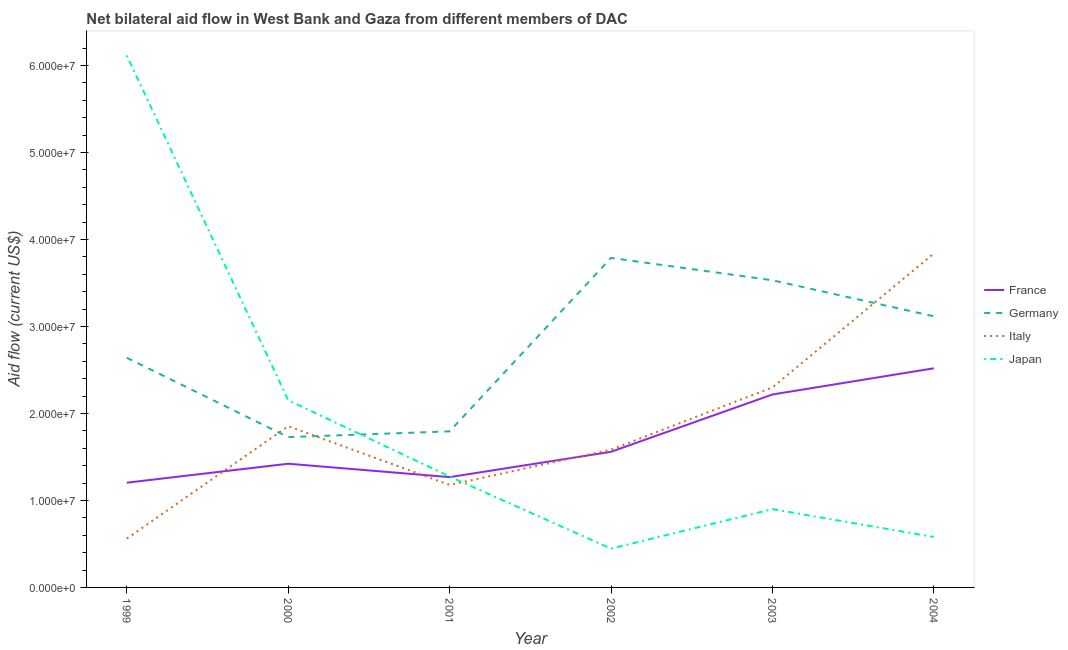
| Year | France | Germany | Italy | Japan |
 | --- | --- | --- | --- | --- |
 | 1999 | 1.2e+07 | 2.64e+07 | 5.61e+06 | 6.12e+07 |
 | 2000 | 1.42e+07 | 1.73e+07 | 1.85e+07 | 2.15e+07 |
 | 2001 | 1.27e+07 | 1.79e+07 | 1.18e+07 | 1.28e+07 |
 | 2002 | 1.56e+07 | 3.79e+07 | 1.58e+07 | 4.46e+06 |
 | 2003 | 2.22e+07 | 3.53e+07 | 2.3e+07 | 9e+06 |
 | 2004 | 2.52e+07 | 3.12e+07 | 3.84e+07 | 5.8e+06 |